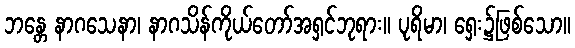
ဘန္တေ နာဂသေနာ၊ နာဂသိန်ကိုယ်တော်အရှင်ဘုရား။ ပုရိမာ၊ ရှေး၌ဖြစ်သော။